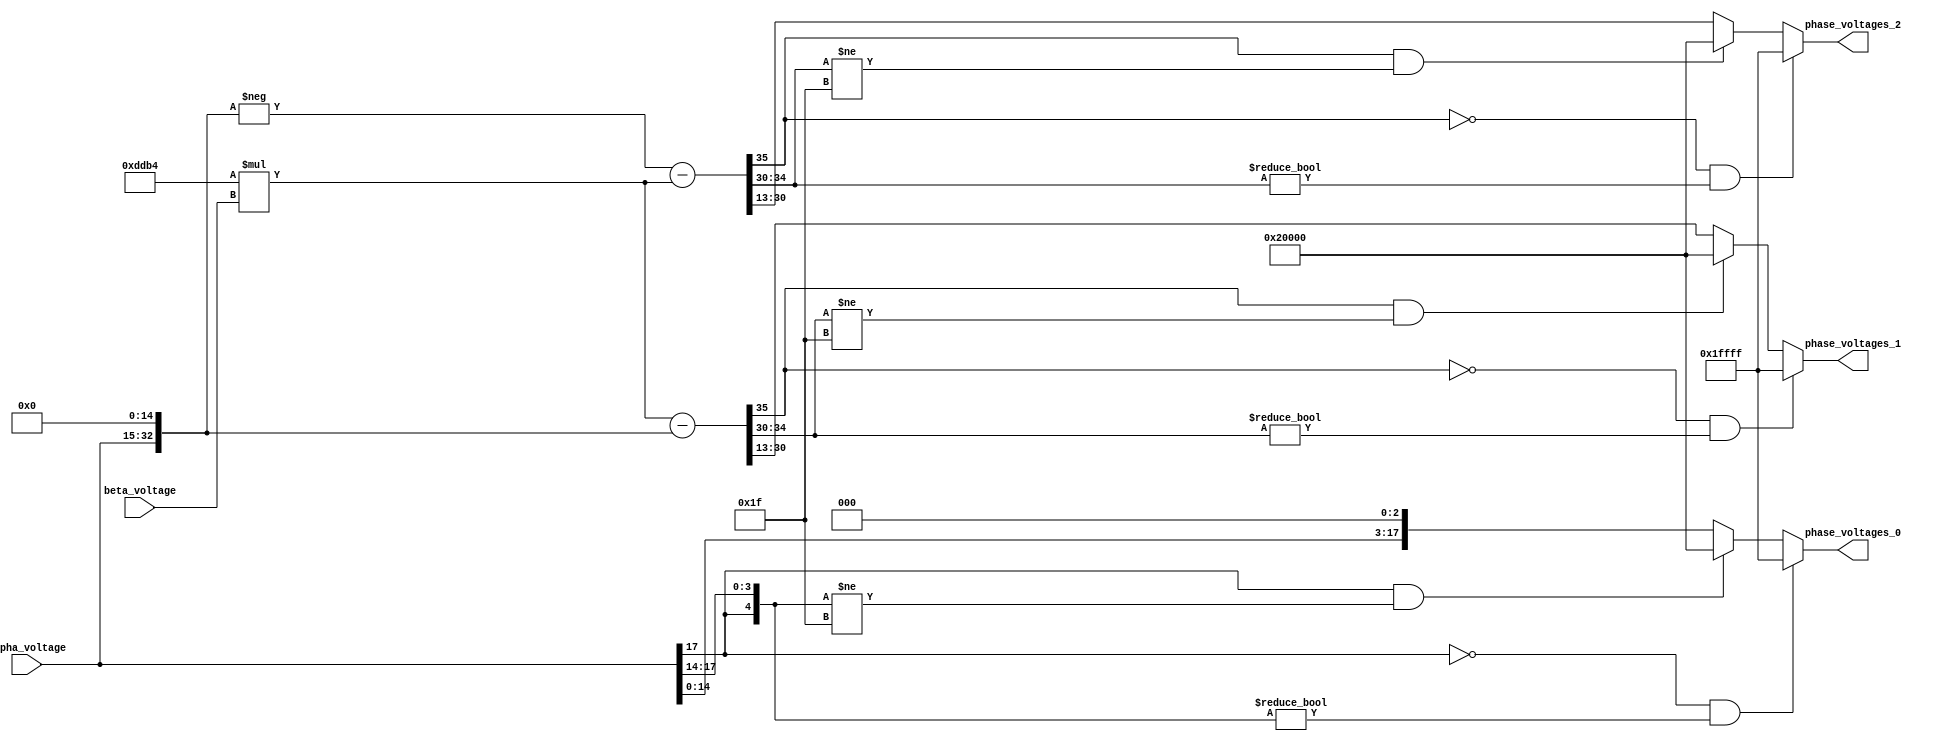
// -------------------------------------------------------------
// 
// 
// Generated by MATLAB 8.2 and HDL Coder 3.3
// 
// -------------------------------------------------------------


// -------------------------------------------------------------
// 
// Module: velocityControlHdl_Inverse_Clarke_Transform
// Source Path: velocityControlHdl/Transform_dq_to_ABC/Inverse_Clarke_Transform
// Hierarchy Level: 5
// 
// -------------------------------------------------------------

`timescale 1 ns / 1 ns

module velocityControlHdl_Inverse_Clarke_Transform
          (
           alpha_voltage,
           beta_voltage,
           phase_voltages_0,
           phase_voltages_1,
           phase_voltages_2
          );


  input   signed [17:0] alpha_voltage;  // sfix18_En10
  input   signed [17:0] beta_voltage;  // sfix18_En10
  output  signed [17:0] phase_voltages_0;  // sfix18_En13
  output  signed [17:0] phase_voltages_1;  // sfix18_En13
  output  signed [17:0] phase_voltages_2;  // sfix18_En13


  wire signed [35:0] voltage_phase_a;  // sfix36_En26
  wire signed [35:0] Gain1_out1;  // sfix36_En26
  wire signed [35:0] Gain_out1;  // sfix36_En26
  wire signed [35:0] voltage_phase_b;  // sfix36_En26
  wire signed [37:0] Add1_cast;  // sfix38_En26
  wire signed [37:0] Add1_cast_1;  // sfix38_En26
  wire signed [37:0] Add1_sub_cast;  // sfix38_En26
  wire signed [37:0] Add1_sub_temp;  // sfix38_En26
  wire signed [35:0] voltage_phase_c;  // sfix36_En26
  wire signed [35:0] Mux_out1 [0:2];  // sfix36_En26 [3]
  wire signed [17:0] Current_Data_Type_out1 [0:2];  // sfix18_En13 [3]

  // Converts direct axis (alpha) component and the quadrature axis (beta) component to balanced three-phase quantities
  // The alpha and beta components are dependent on time and speed.
  // 
  // Inverse Clarke Transform


  // <S43>/Data Type Conversion
  assign voltage_phase_a = {{2{alpha_voltage[17]}}, {alpha_voltage, 16'b0000000000000000}};



  // <S43>/Gain1
  assign Gain1_out1 = 56756 * beta_voltage;



  // <S43>/Gain
  assign Gain_out1 = {{3{alpha_voltage[17]}}, {alpha_voltage, 15'b000000000000000}};



  // <S43>/Add
  assign voltage_phase_b = Gain1_out1 - Gain_out1;



  // <S43>/Add1
  assign Add1_cast = Gain_out1;
  assign Add1_cast_1 =  - (Add1_cast);
  assign Add1_sub_cast = Gain1_out1;
  assign Add1_sub_temp = Add1_cast_1 - Add1_sub_cast;
  assign voltage_phase_c = Add1_sub_temp[35:0];



  // <S43>/Mux
  assign Mux_out1[0] = voltage_phase_a;
  assign Mux_out1[1] = voltage_phase_b;
  assign Mux_out1[2] = voltage_phase_c;

  // <S43>/Current_Data_Type
  assign Current_Data_Type_out1[0] = ((Mux_out1[0][35] == 1'b0) && (Mux_out1[0][34:30] != 5'b00000) ? 18'sb011111111111111111 :
              ((Mux_out1[0][35] == 1'b1) && (Mux_out1[0][34:30] != 5'b11111) ? 18'sb100000000000000000 :
              $signed(Mux_out1[0][30:13])));
  assign Current_Data_Type_out1[1] = ((Mux_out1[1][35] == 1'b0) && (Mux_out1[1][34:30] != 5'b00000) ? 18'sb011111111111111111 :
              ((Mux_out1[1][35] == 1'b1) && (Mux_out1[1][34:30] != 5'b11111) ? 18'sb100000000000000000 :
              $signed(Mux_out1[1][30:13])));
  assign Current_Data_Type_out1[2] = ((Mux_out1[2][35] == 1'b0) && (Mux_out1[2][34:30] != 5'b00000) ? 18'sb011111111111111111 :
              ((Mux_out1[2][35] == 1'b1) && (Mux_out1[2][34:30] != 5'b11111) ? 18'sb100000000000000000 :
              $signed(Mux_out1[2][30:13])));



  assign phase_voltages_0 = Current_Data_Type_out1[0];

  assign phase_voltages_1 = Current_Data_Type_out1[1];

  assign phase_voltages_2 = Current_Data_Type_out1[2];

endmodule  // velocityControlHdl_Inverse_Clarke_Transform